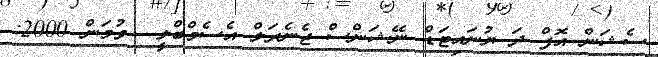
ސެޝަން އޮފް ދަ ޔުނައިޓަޑް ނޭޝަންސް ޖެނެރަލް އެސެމްބްލީ  ވުމަން 2000: